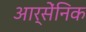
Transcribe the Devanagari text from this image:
आर्सेंनिक